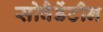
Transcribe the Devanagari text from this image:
सोवैडेंटीन